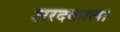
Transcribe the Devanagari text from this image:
शरदकाल।